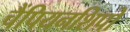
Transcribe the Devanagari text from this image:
चैंपियनशिपो